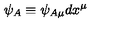
\psi _ { A } \equiv \psi _ { A \mu } d x ^ { \mu }